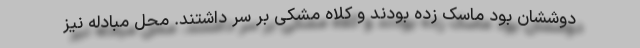
دوششان بود ماسک زده بودند و کلاه مشکی بر سر داشتند. محل مبادله نیز